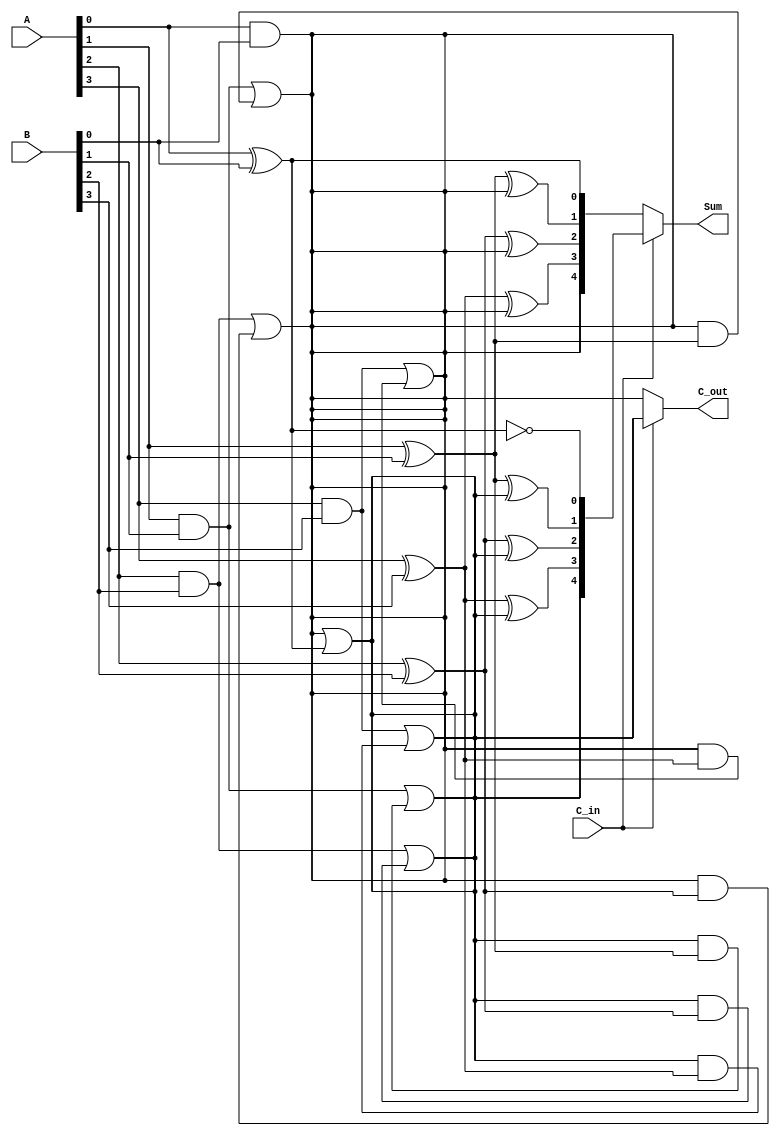
module CarrySelectAdder (
    input [3:0] A,       // 4-bit input A
    input [3:0] B,       // 4-bit input B
    input C_in,          // Carry input
    output [4:0] Sum,    // 5-bit output (4 bits for sum + 1 bit for carry out)
    output C_out         // Carry output
);

    // Intermediate signals for sums and carries
    wire [4:0] sum0, sum1; // Sums assuming C_in = 0 and C_in = 1
    wire c0, c1;           // Carry outs for both cases

    // Full adder logic for C_in = 0
    assign sum0[0] = A[0] ^ B[0] ^ 0; // S0
    assign c0 = (A[0] & B[0]) | (0 & (A[0] ^ B[0])); // C0
    assign sum0[1] = A[1] ^ B[1] ^ c0; // S1
    assign c0 = (A[1] & B[1]) | (c0 & (A[1] ^ B[1])); // C1
    assign sum0[2] = A[2] ^ B[2] ^ c0; // S2
    assign c0 = (A[2] & B[2]) | (c0 & (A[2] ^ B[2])); // C2
    assign sum0[3] = A[3] ^ B[3] ^ c0; // S3
    assign c0 = (A[3] & B[3]) | (c0 & (A[3] ^ B[3])); // C3
    assign sum0[4] = c0; // Final carry out for C_in = 0

    // Full adder logic for C_in = 1
    assign sum1[0] = A[0] ^ B[0] ^ 1; // S0
    assign c1 = (A[0] & B[0]) | (1 & (A[0] ^ B[0])); // C0
    assign sum1[1] = A[1] ^ B[1] ^ c1; // S1
    assign c1 = (A[1] & B[1]) | (c1 & (A[1] ^ B[1])); // C1
    assign sum1[2] = A[2] ^ B[2] ^ c1; // S2
    assign c1 = (A[2] & B[2]) | (c1 & (A[2] ^ B[2])); // C2
    assign sum1[3] = A[3] ^ B[3] ^ c1; // S3
    assign c1 = (A[3] & B[3]) | (c1 & (A[3] ^ B[3])); // C3
    assign sum1[4] = c1; // Final carry out for C_in = 1

    // MUX to select the correct sum based on C_in
    assign Sum = C_in ? sum1 : sum0; // Select sum based on C_in
    assign C_out = C_in ? c1 : c0;   // Select carry out based on C_in

endmodule